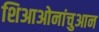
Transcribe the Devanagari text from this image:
शिआओनांचुआन